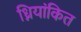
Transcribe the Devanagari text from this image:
ध्नियांकित